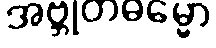
အဗ္ဘုတဓမ္မော